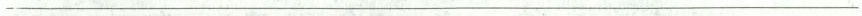
___